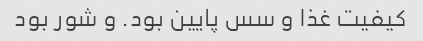
کیفیت غذا و سس پایین بود. و شور بود